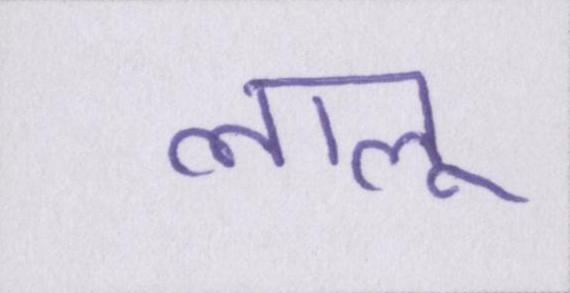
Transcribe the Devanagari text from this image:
लालू